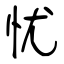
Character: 忧